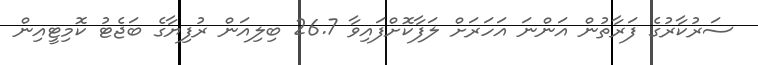
ސަރުކާރުގެ ފަރާތުން އަންނަ އަހަރަށް ލަފާކޮށްފައިވާ 26.7 ބިލިއަން ރުފިޔާގެ ބަޖެޓު ކޮމިޓީއިން